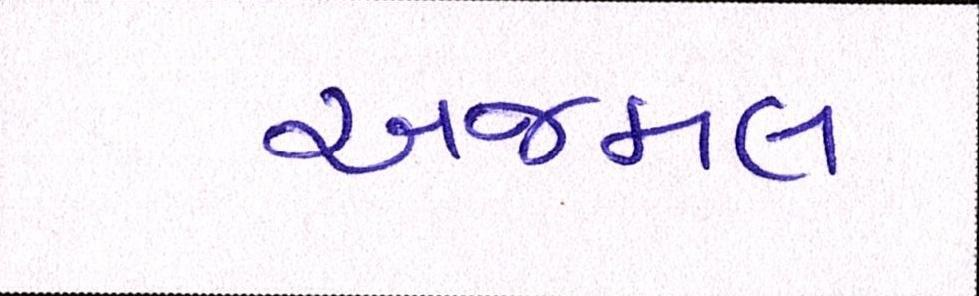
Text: અજમલ